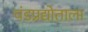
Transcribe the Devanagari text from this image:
चंडप्रद्योताला